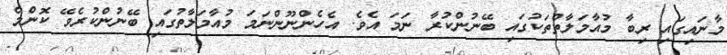
މާނައިގައި ރިބާ މުއާމަލާތްތަކުގައި ބޭނުންކުރާ ނަމަ އެވެ. އެހެންނޫންނަމަ މުއާމަލާތުގައި ބޭނުންކުރެވޭ ކޮންމެ